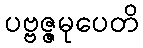
ပဗ္ဗဇ္ဇမုပေတိ